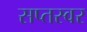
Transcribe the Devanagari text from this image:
सप्तस्वर